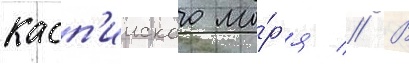
касп'ииского мо́р'я // В